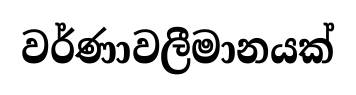
වර්ණාවලීමානයක්